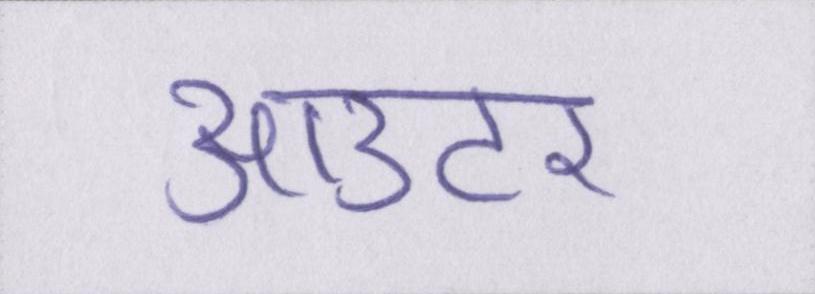
आउटर